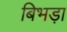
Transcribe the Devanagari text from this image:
बिभड़ा